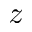
z